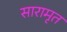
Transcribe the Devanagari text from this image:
सारामृत